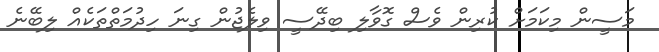
މަސީން މިކަމަށް ކުރިން ވެސް ގޮވާލި ބިދޭސީ ވިލެޖުން ގިނަ ހިދުމަތްތަކެއް ލިބޭނެ